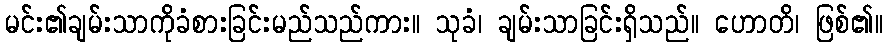
မင်း၏ချမ်းသာကိုခံစားခြင်းမည်သည်ကား။ သုခံ၊ ချမ်းသာခြင်းရှိသည်။ ဟောတိ၊ ဖြစ်၏။